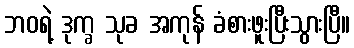
ဘဝရဲ့ ဒုက္ခ သုခ အကုန် ခံစားဖူးပြီးသွားပြီ။